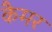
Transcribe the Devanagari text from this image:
कैमर